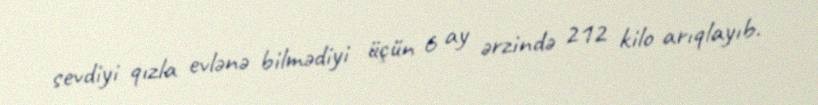
sevdiyi qızla evlənə bilmədiyi üçün 6 ay ərzində 212 kilo arıqlayıb.